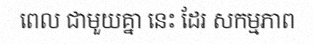
ពេល ជាមួយគ្នា នេះ ដែរ សកម្មភាព